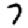
Digit: 7